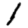
Digit: 1